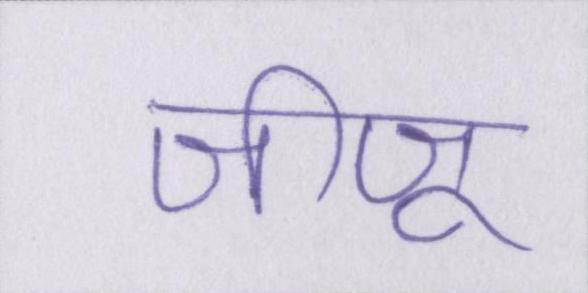
जीजू